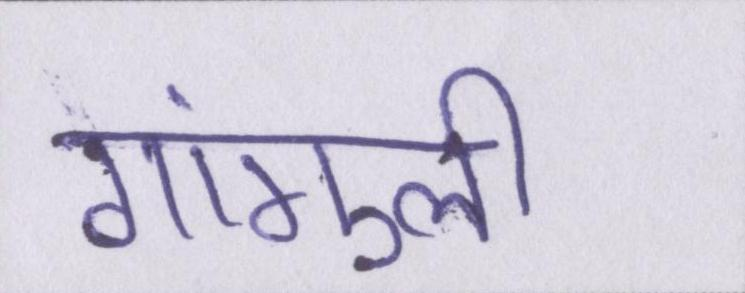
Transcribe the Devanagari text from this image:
गांगुली